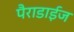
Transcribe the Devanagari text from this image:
पैराडाईज